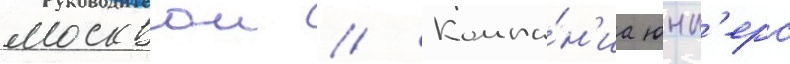
москвои // Компа́н'иа юнк'ерс